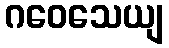
ဂဝေသေယျ